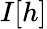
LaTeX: I[h]